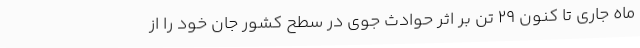
ماه جاری تا کنون 29 تن بر اثر حوادث جوی در سطح کشور جان خود را از